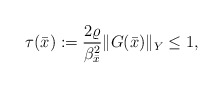
\begin{align*}\tau(\bar{x}) := \frac{2\varrho}{\beta_{\bar{x}}^2} \| G(\bar{x})\|_Y \le 1,\end{align*}